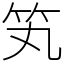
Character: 笂